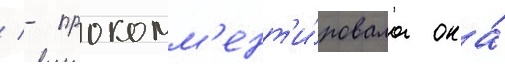
/ - прокомм'ент'и́ровала она́